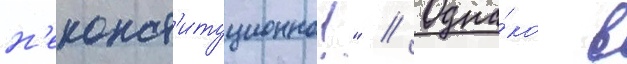
н'еконст'итуционно!" // Одна́ко в